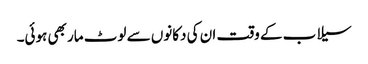
سیلاب کے وقت ان کی دکانوں سے لوٹ مار بھی ہوئی۔